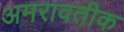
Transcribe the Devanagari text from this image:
अमरावतीक